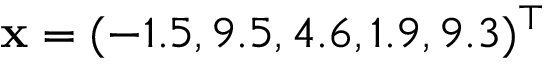
\mathbf { x } = ( - 1 . 5 , 9 . 5 , 4 . 6 , 1 . 9 , 9 . 3 ) ^ { \top }